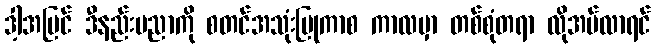
ဒါ့အပြင် ဒီနည်းပညာကို စတင်အသုံးပြုကာစ ကာလမှာ တစ်စုံတရာ လိုအပ်လာရင်